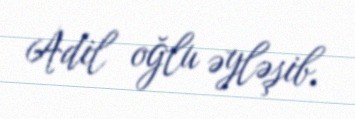
Adil oğlu əyləşib.